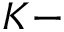
K -